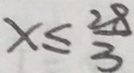
x \leq \frac { 2 8 } { 3 }